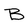
Character: B